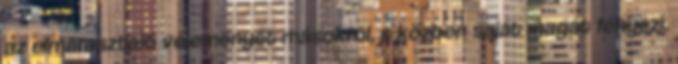
az elmarasztaló véleményét másokról, s közben saját magát fényezi.